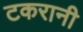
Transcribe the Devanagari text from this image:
टकरानी